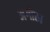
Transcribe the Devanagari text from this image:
अंगोछा